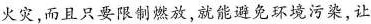
火灾，而且只要限制燃放，就能避免环境污染，让